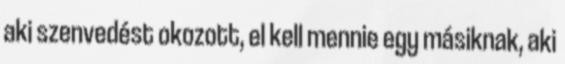
aki szenvedést okozott, el kell mennie egy másiknak, aki